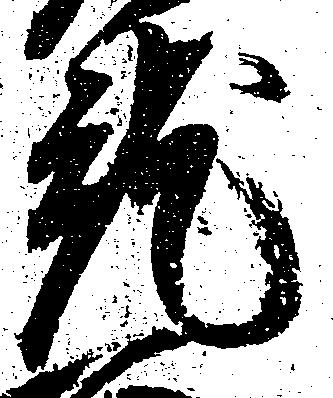
就